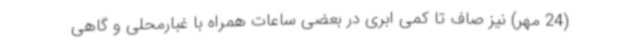
(24 مهر) نیز صاف تا کمی ابری در بعضی ساعات همراه با غبارمحلی و گاهی